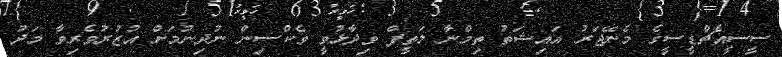
ސީސީއެޗްޑީސީގެ މެނޭޖަރު އައިޝަތު ތިމްނާ ލަތީފް ވިދާޅުވީ ވެކްސިން ނުދިނުމަށް އުޒުރުވެރިވާ މަދު